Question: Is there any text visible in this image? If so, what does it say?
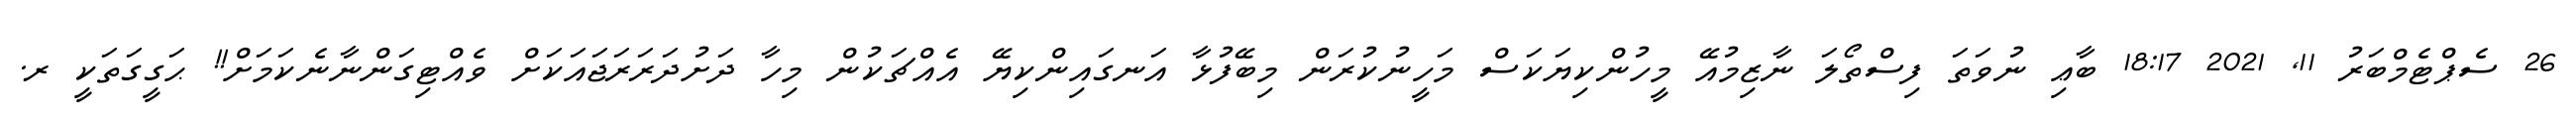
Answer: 26 ސެޕްޓެމްބަރު 11, 2021 18:17 ބާޢި ނުވަތަ ފިސްތޯލަ ނާޒިމުއޭ މީހުންކިޔަކަސް މަހީނުކުރަން މިބޭފުޅާ އަނގައިންކިޔޭ އެއްޗަކުން މިހާ ދަށުދަރަރަޖައަކަށް ވެއްޓިގަންނާނެކަމަށް!! ޙަގީގަތަކީ ރ.